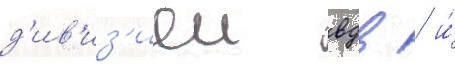
д'ив'из'иеи вдв / и́